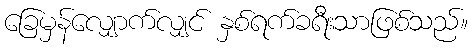
ခြေမှန်လျှောက်လျှင် နှစ်ရက်ခရီးသာဖြစ်သည်။